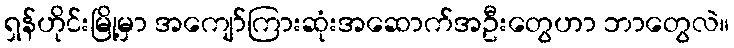
ရှန်ဟိုင်းမြို့မှာ အကျော်ကြားဆုံးအဆောက်အဦးတွေဟာ ဘာတွေလဲ။